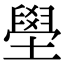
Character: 壆